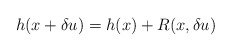
\begin{align*}h(x+\delta u) = h(x) + R(x, \delta u)\end{align*}